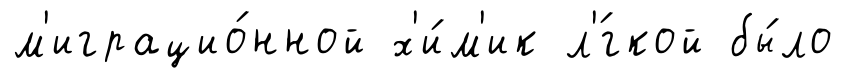
м'играцио́нной х'и́м'ик л'́гкой бы́ло